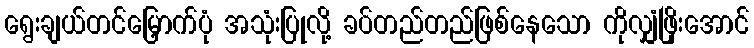
ရွေးချယ်တင်မြှောက်ပုံ အသုံးပြုလို့ ခပ်တည်တည်ဖြစ်နေသော ကိုလျှံဖြိုးအောင်